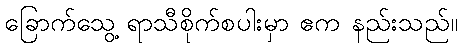
ခြောက်သွေ့ ရာသီစိုက်စပါးမှာ ဧက နည်းသည်။